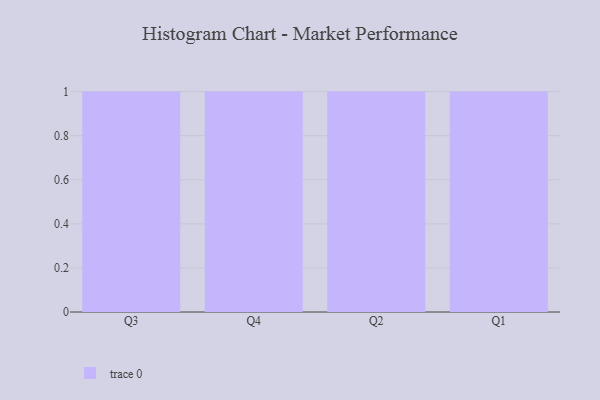
{"axis": {"x": "Quarter", "y": "Net Income (USD K)"}, "legend": [""], "data": [{"x": "Q3", "y": 44, "type": ""}, {"x": "Q4", "y": 3, "type": ""}, {"x": "Q2", "y": 34, "type": ""}, {"x": "Q1", "y": 80, "type": ""}]}